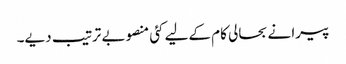
پیرا نے بحالی کام کےلیے کئی منصوبے ترتیب دیے۔